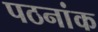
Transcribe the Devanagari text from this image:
पठनांक